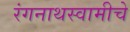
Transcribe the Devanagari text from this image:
रंगनाथस्वामीचे